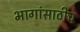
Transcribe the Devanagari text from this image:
भागांसाठीच